Cholera in southern India
Disease focus: Cholera
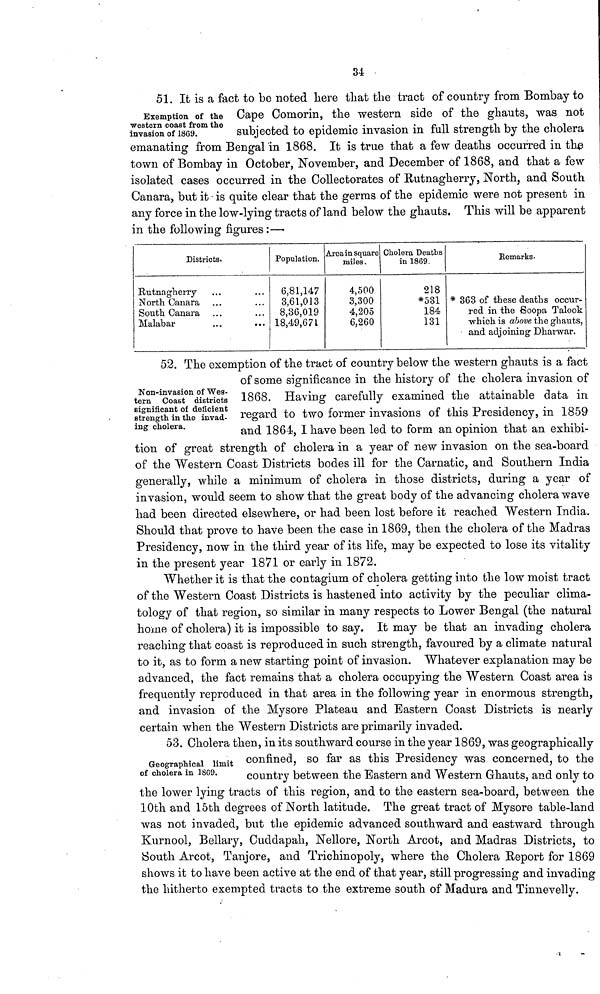
34
Exemption of the
western coast from the
invasion of 1869.
51. It is a fact to be noted here that the tract of country from Bombay to
Cape Comorin, the western side of the ghauts, was not
subjected to epidemic invasion in full strength by the cholera
emanating from Bengal in 1868. It is true that a few deaths occurred in the
town of Bombay in October, November, and December of 1868, and that a few
isolated cases occurred in the Collectorates of Rutnagherry, North, and South
Canara, but it is quite clear that the germs of the epidemic were not present in
any force in the low-lying tracts of land below the ghauts. This will be apparent
in the following figures:—
Districts.
Rutnagherry
North Canara
South Canara
Malabar
...
...
...
...
...
...
...
...
Population.
6,81,147
3,61,013
8,36,019
18,49,671
Area in square
miles.
4,500
3,300
4,205
6,260
Cholera Deaths
in 1869.
218
*531
184
131
Remarks.
* 363 of these deaths occur-
red in the Soopa Talook
which is above the ghauts,
and adjoining Dharwar.
Non-invasion of Wes-
tern Coast districts
significant of deficient
strength in the invad-
ing cholera.
52. The exemption of the tract of country below the western ghauts is a fact
of some significance in the history of the cholera invasion of
1868. Having carefully examined the attainable data in
regard to two former invasions of this Presidency, in 1859
and 1864, I have been led to form an opinion that an exhibi-
tion of great strength of cholera in a year of new invasion on the sea-board
of the "Western Coast Districts bodes ill for the Carnatic, and Southern India
generally, while a minimum of cholera in those districts, during a year of
invasion, would seem to show that the great body of the advancing cholera wave
had been directed elsewhere, or had been lost before it reached Western India.
Should that prove to have been the case in 1869, then the cholera of the Madras
Presidency, now in the third year of its life, may be expected to lose its vitality
in the present year 1871 or early in 1872.
Whether it is that the contagium of cholera getting into the low moist tract
of the Western Coast Districts is hastened into activity by the peculiar clima-
tology of that region, so similar in many respects to Lower Bengal (the natural
home of cholera) it is impossible to say. It may be that an invading cholera
reaching that coast is reproduced in such strength, favoured by a climate natural
to it, as to form a new starting point of invasion. Whatever explanation may be
advanced, the fact remains that a cholera occupying the Western Coast area is
frequently reproduced in that area in the following year in enormous strength,
and invasion of the Mysore Plateau and Eastern Coast Districts is nearly
certain when the Western Districts are primarily invaded.
Geographical limit
of cholera in 1869.
53. Cholera then, in its southward course in the year 1869, was geographically
confined, so far as this Presidency was concerned, to the
country between the Eastern and Western Ghauts, and only to
the lower lying tracts of this region, and to the eastern sea-board, between the
10th and 15th degrees of North latitude. The great tract of Mysore table-land
was not invaded, but the epidemic advanced southward and eastward through
Kurnool, Bellary, Cuddapah, Nellore, North Arcot, and Madras Districts, to
South Arcot, Tanjore, and Trichinopoly, where the Cholera Report for 1869
shows it to have been active at the end of that year, still progressing and invading
the hitherto exempted tracts to the extreme south of Madura and Tinnevelly.